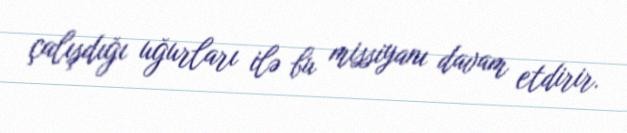
çalışdığı uğurları ilə bu missiyanı davam etdirir.